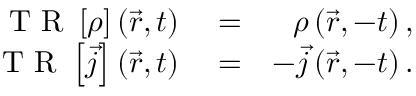
\begin{array} { r l r } { \mathrm { ~ T ~ R ~ } \left\lbrack \rho \right\rbrack \left( \vec { r } , t \right) } & { { } = } & { \rho \left( \vec { r } , - t \right) , } \\ { \mathrm { ~ T ~ R ~ } \left\lbrack \vec { j } \right\rbrack \left( \vec { r } , t \right) } & { { } = } & { - \vec { j } \left( \vec { r } , - t \right) . } \end{array}